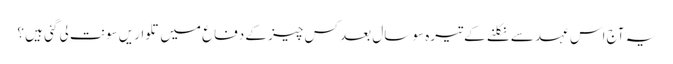
یہ آج اس عہد سے نکلنے کے تیرہ سو سال بعد کس چیز کے دفاع میں تلواریں سونت لی گئی ہیں ؟